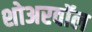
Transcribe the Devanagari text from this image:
शोअरवॉल